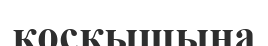
қосқышына